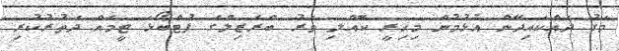
މަގު ދައްކައިދޭން އުޅުމުން މިހިރީ ކޮއްލި ވަރު ބްރެޒިލްގެ ފުޓްބޯޅަ ޓީމެއް ދަތުރުކުރި